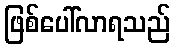
ဖြစ်ပေါ်လာရသည်